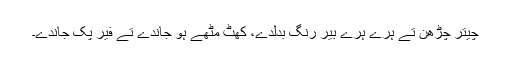
چیتر چڑھن تے ہرے ہرے بیر رنگ بدلدے، کھٹ مِٹھے ہو جاندے تے فیر پک جاندے۔